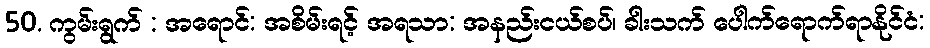
50. ကွမ်းရွက် : အရောင်: အစိမ်းရင့် အရသာ: အနည်းငယ်စပ်၊ ခါးသက် ပေါက်ရောက်ရာနိုင်ငံ: